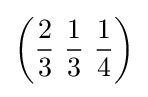
\left({\frac {2}{3}}\ {\frac {1}{3}}\ {\frac {1}{4}}\right)